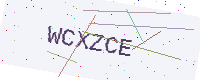
Text: WCXZCE